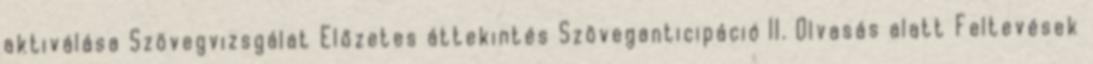
aktiválása Szövegvizsgálat Előzetes áttekintés Szöveganticipáció II. Olvasás alatt Feltevések